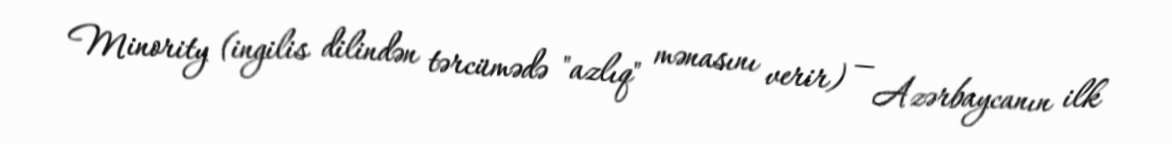
Minority (ingilis dilindən tərcümədə "azlıq" mənasını verir) — Azərbaycanın ilk